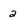
Character: 2